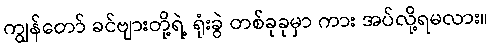
ကျွန်တော် ခင်ဗျားတို့ရဲ့ ရုံးခွဲ တစ်ခုခုမှာ ကား အပ်လို့ရမလား။